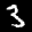
Label: 3